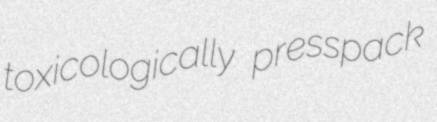
toxicologically presspack